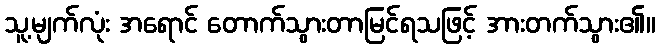
သူ့မျက်လုံး အရောင် တောက်သွားတာမြင်ရသဖြင့် အားတက်သွား၏။